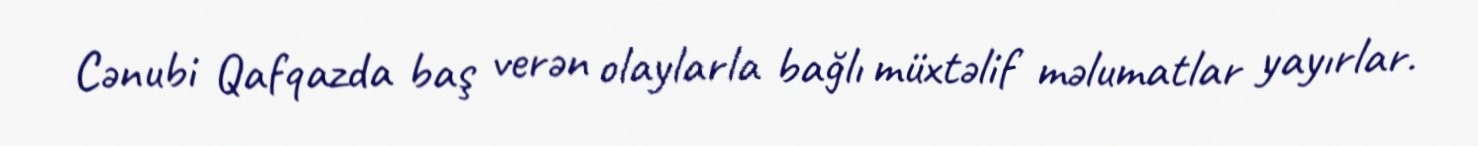
Cənubi Qafqazda baş verən olaylarla bağlı müxtəlif məlumatlar yayırlar.